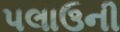
પલાઉની